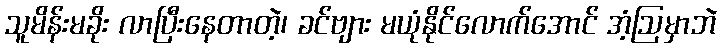
သူမိန်းမခိုး လာပြီးနေတာတဲ့၊ ခင်ဗျား မယုံနိုင်လောက်အောင် အံ့ဩမှာဘဲ